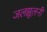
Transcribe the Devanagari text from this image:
जलझूलनी